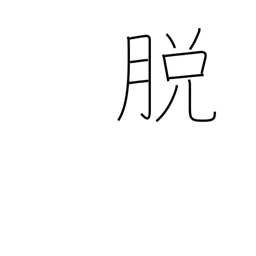
Meaning: undress